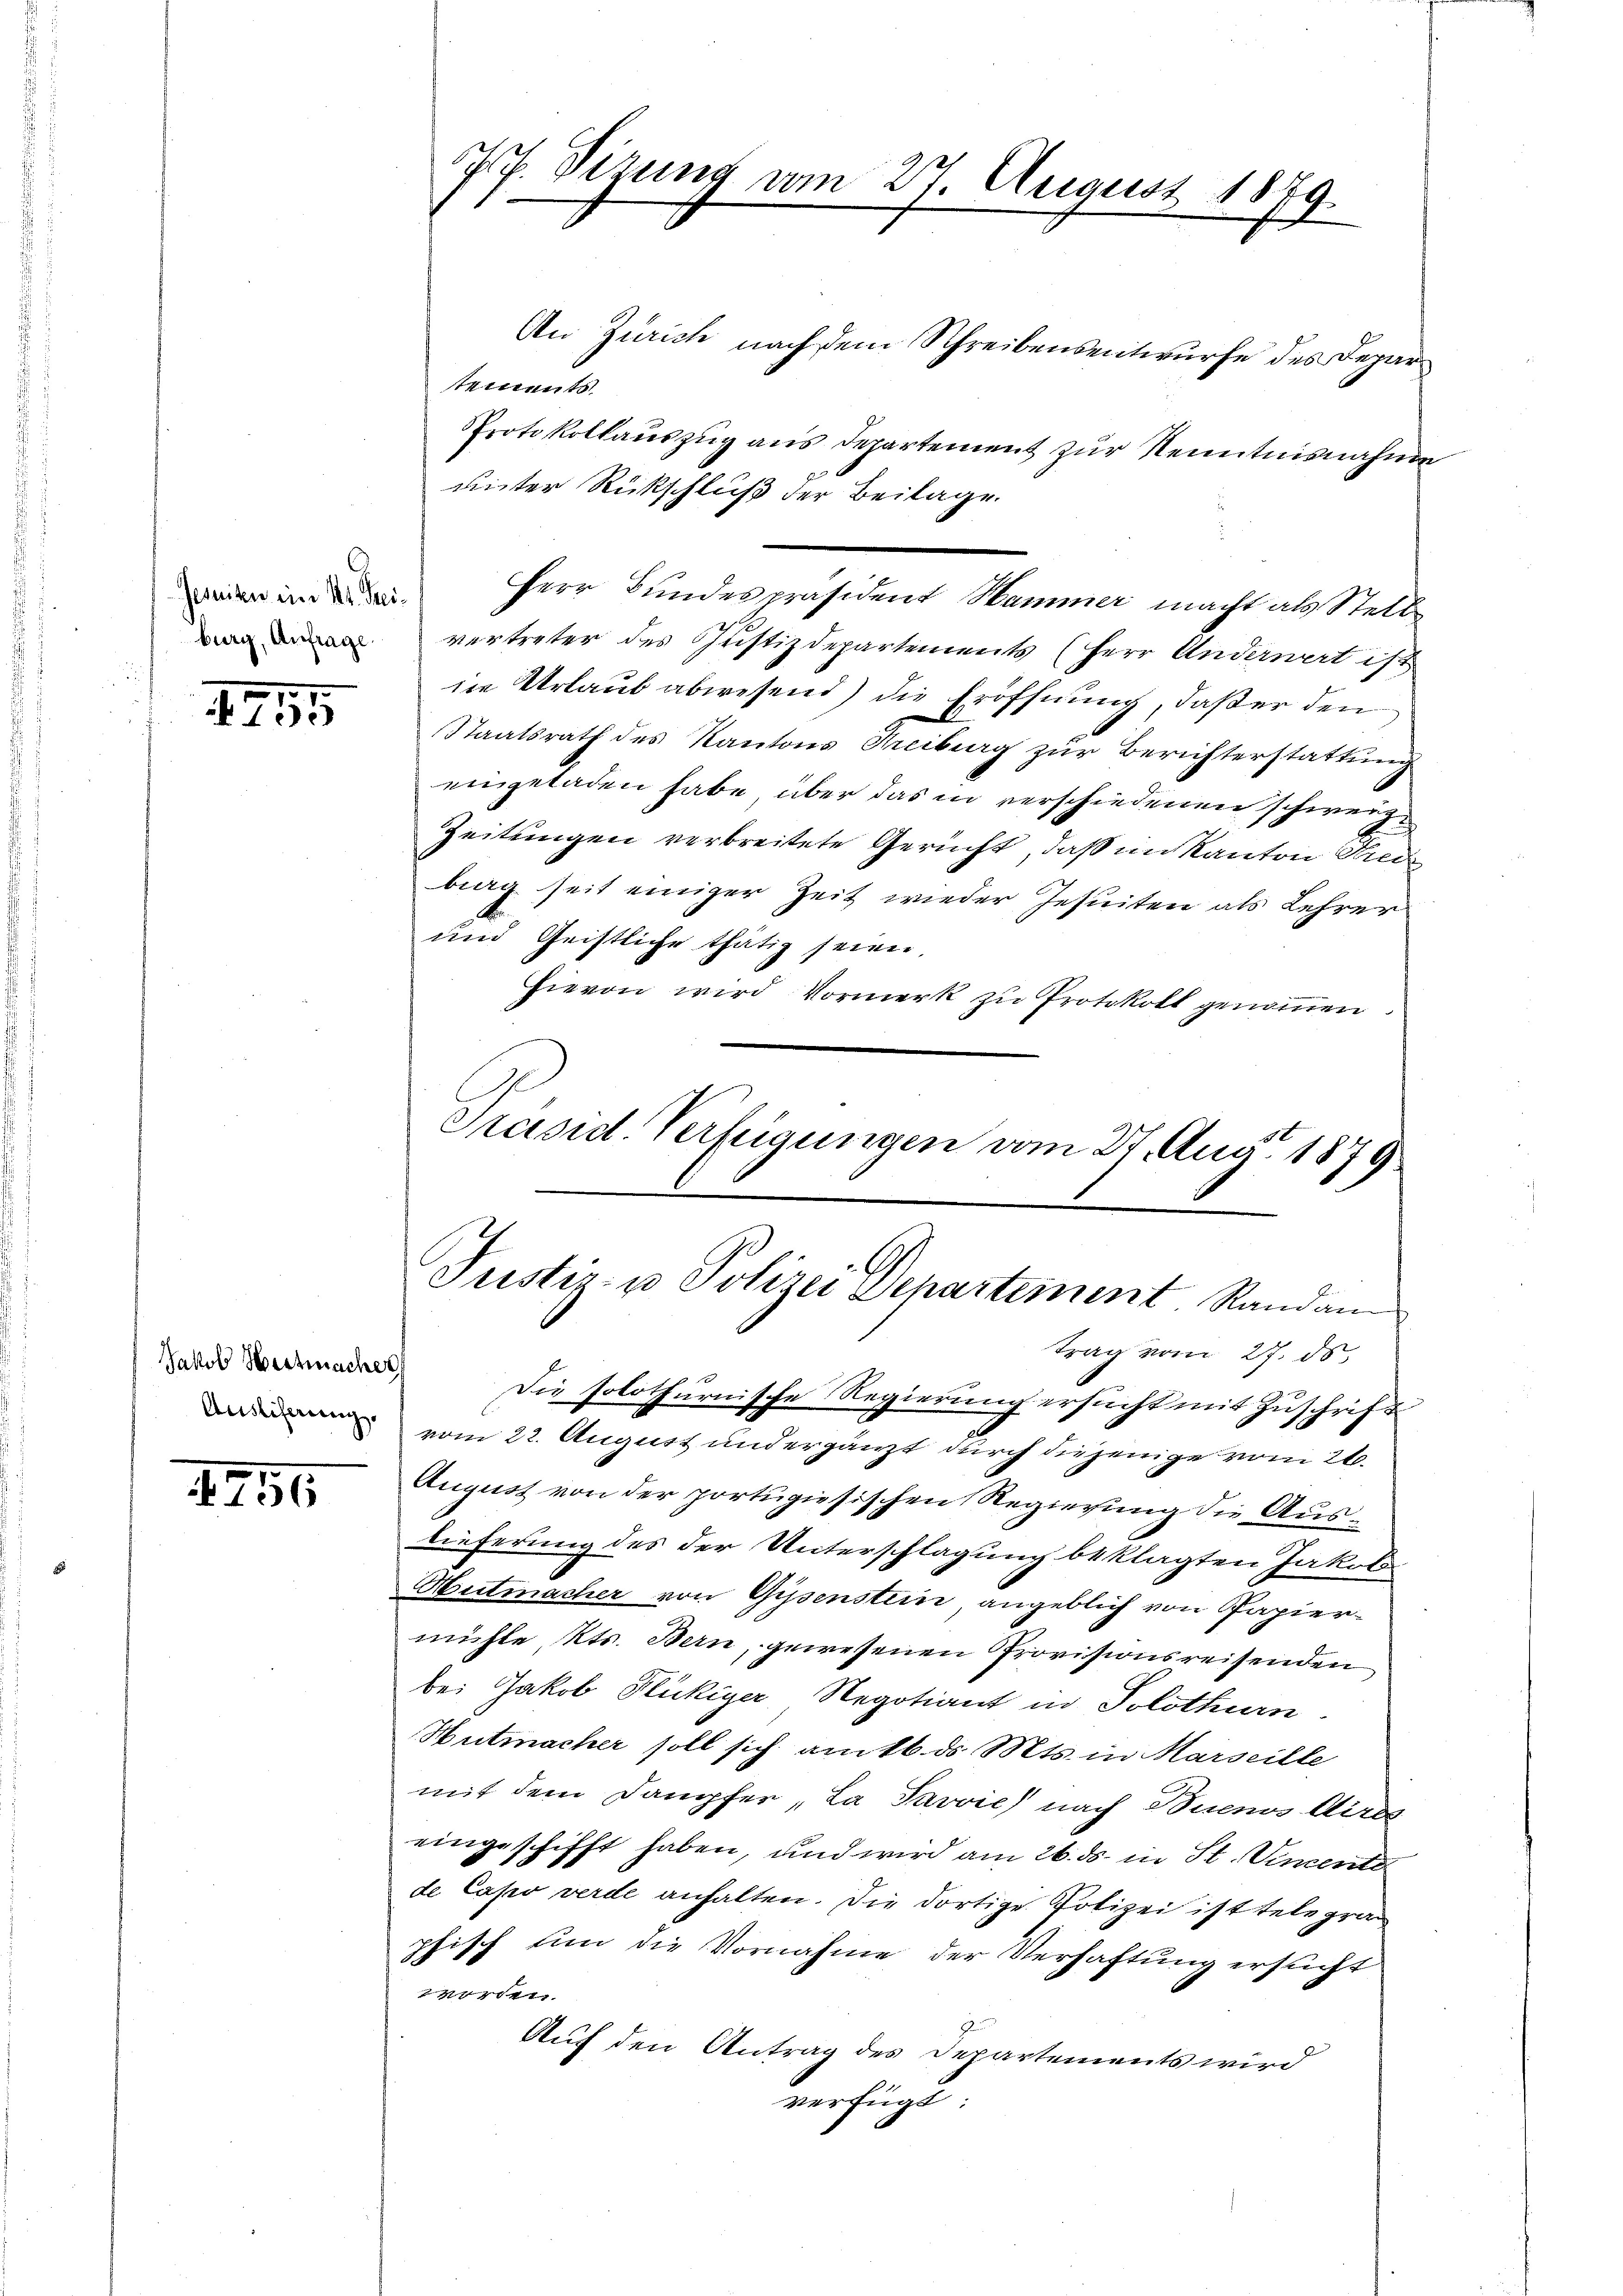
Jesuiten im 14t. Heiburg, Anfrage.

1915

Jakob Hochmacher
Ausliferung.

1750

77. Sizung am 27. August 1879.

An Zürich nach dem Schreibensentwurfe des Depar
stements
Protokollauszug aus Departement zur Kenntnisnahme
unter Rückschluß der Beilage.
vertreter des Justizdepartements (Herr Anderwert ist
ne Urlaub abwesend) die Eröffnung, daß er den
Staatsrath des Kantons Freiburg zur Berichterstattung
eingeladen habe, über das in verschiedenen schweig¬
Zeitungen verbreitete Gericht, daß im Kanton Grei
big seit einiger Zeit wieder Jesuiten als Lehrer
A
und Geistliche thätig seien,
hievon wird Vormerk zu Protokoll genommen
Präsid. Verfügungen vom 27. Aug. 1879

Herr Bundespräsident Hammer macht als Stell

Justiz- u Polizei Departement Randantrag vom 27. ds.

Die solothurnische Regierung ersucht mit Zuschrift
vom 22. August und ergänzt durch diejenige vom 26.
August von der portugiesischen Regierung die Auslieferung des der Unterschlagung beklagten Jakob
Hutmacher von Gysenstein, angeblich von Papiermühle, Kts. Bern, gewesenen Provisionsreisenden
bei Jakob Flückiger Regotiant in Solothurn
Hutmacher soll sich am 16. d. Mts. in Marseille
mit dem Dampfer „La Pavvie) nach Buenos Aires
eingeschifft haben, und wird am 26. ds. in St. Vincert
de Capo verde anhalten. Die dortige Polizei ist telegraphisch um die Vornahme der Verhaftung ersucht
worden.
Auf den Antrag des Departements wird
verfügt